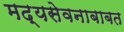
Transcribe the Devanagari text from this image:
मद्यसेवनाबाबत